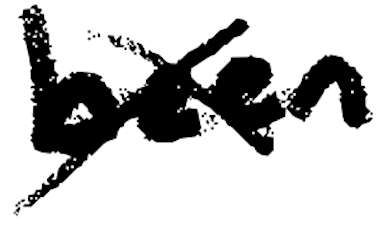
Text: been
Cross-out: cross
Writing tool: digital_black